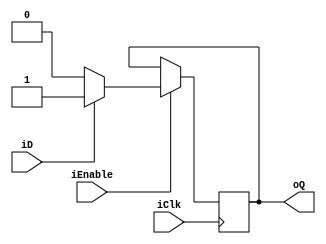
module mFlipFlop_D_PosEdgeClk_EnableO (iClk, iEnable, iD, oQ);

input iClk, iD, iEnable;
output oQ;
reg oQ;

always@(posedge iClk)
	if(iEnable)
		if(!iD)
			oQ <= 1'b0;
		else
			oQ <= 1'b1;
	else
		oQ <= oQ;

endmodule